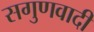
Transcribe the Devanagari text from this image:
सगुणवादी